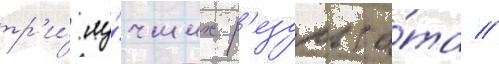
тр'и́ лу́чших р'езульта́та //